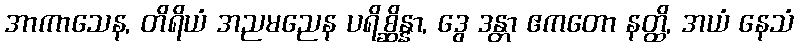
အာကာသေန, တိရိယံ အညမညေန ပရိစ္ဆိန္နာ, ဒွေ ဒန္တာ ဧကတော နတ္ထိ, အယံ နေသံ